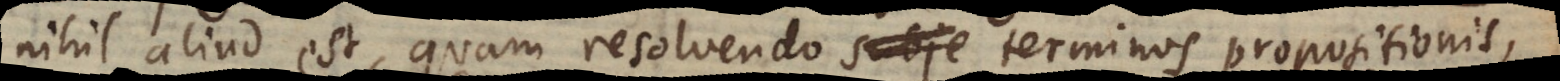
nihil aliud est, quam resolvendo subje terminos propositionis,